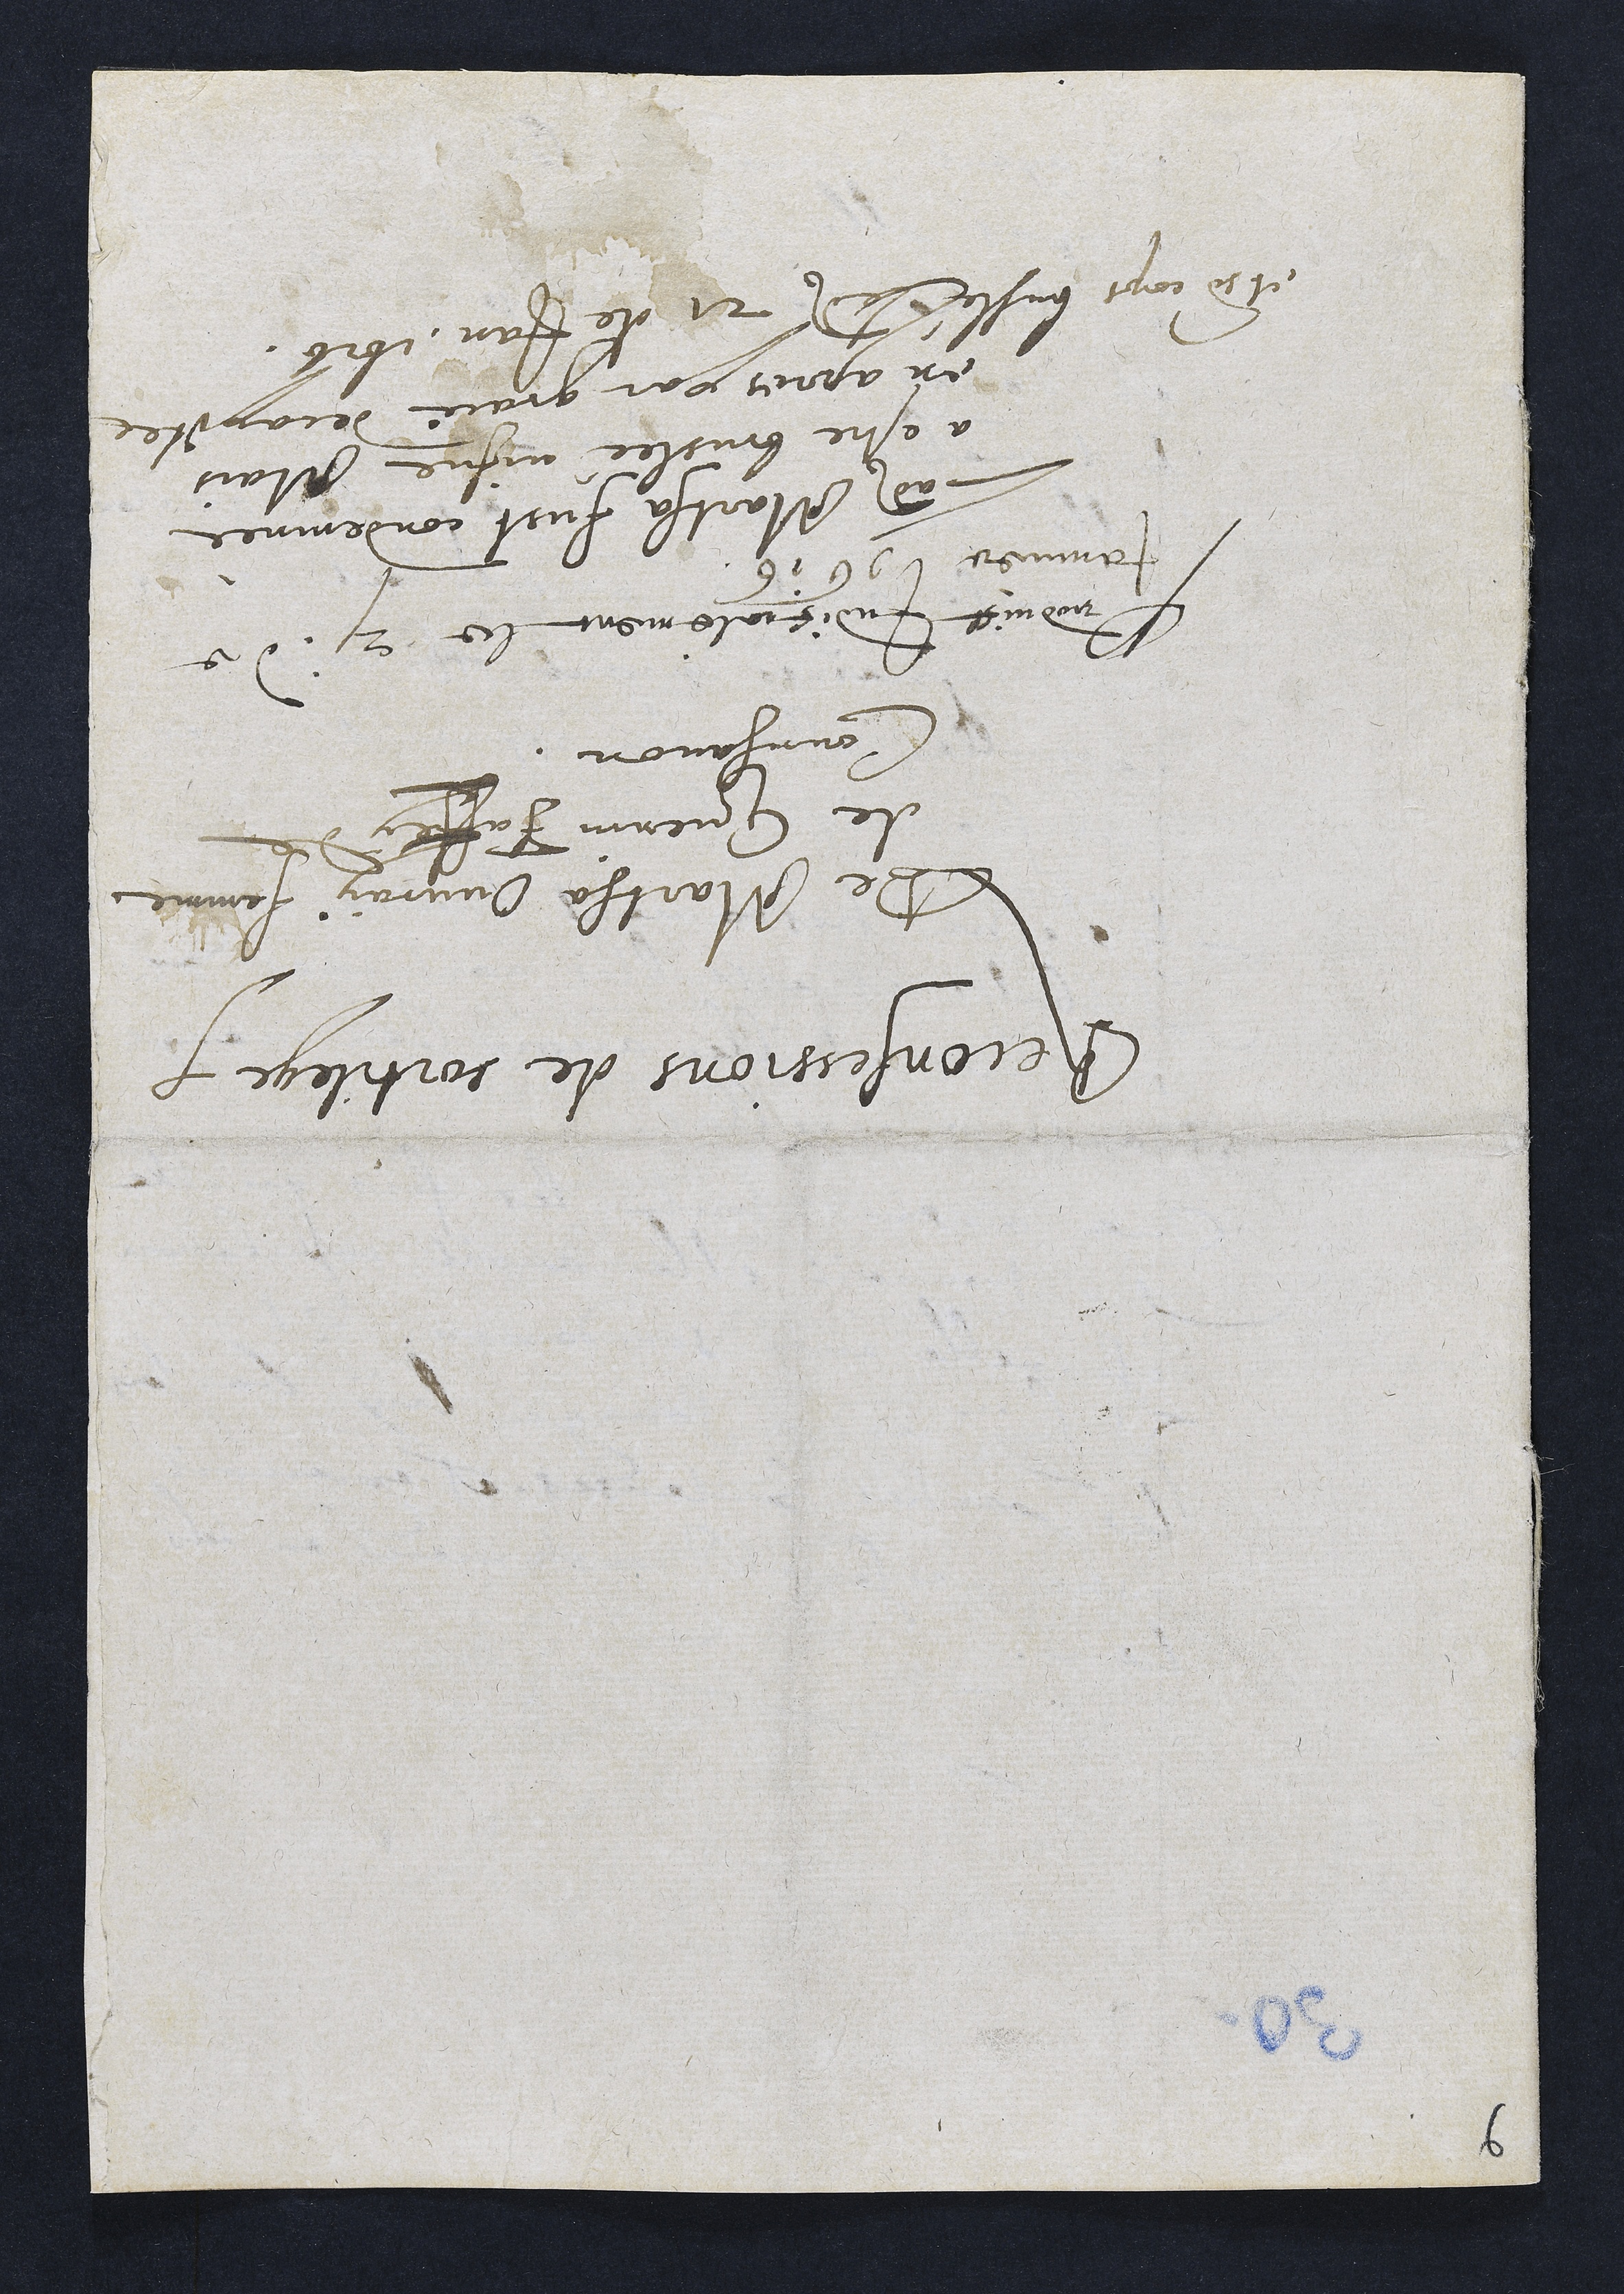
Reconfessions de sortilege.
De Martha Ouvray femme
de Guenin Faffey de
Courgavon.
Lnnduict Indicialement le 2 de
Jamiee 16 16
Ladite Martha fust condeminee
a estre bruslée visve Mais
en apres par grace decapitée
et mon cops busteledi 21. de Jan. 1616.